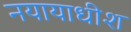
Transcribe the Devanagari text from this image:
नयायाधीश